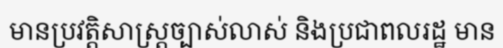
មានប្រវត្តិសាស្ត្រច្បាស់លាស់ និងប្រជាពលរដ្ឋ មាន